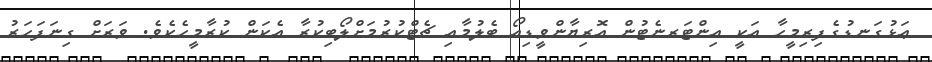
ޢަޅުގަނޑުގެފިރިމީހާ އަކީ އިންޓަރނެޓުން އޮރިޔާންވީޑިއޯ ބެލުމާއި ޗެޓްކުރުމަށްލޯބިކުރާ އެކަން ކުރާމީހެކެވެ. ވަރަށް ގިނަފަހަރު